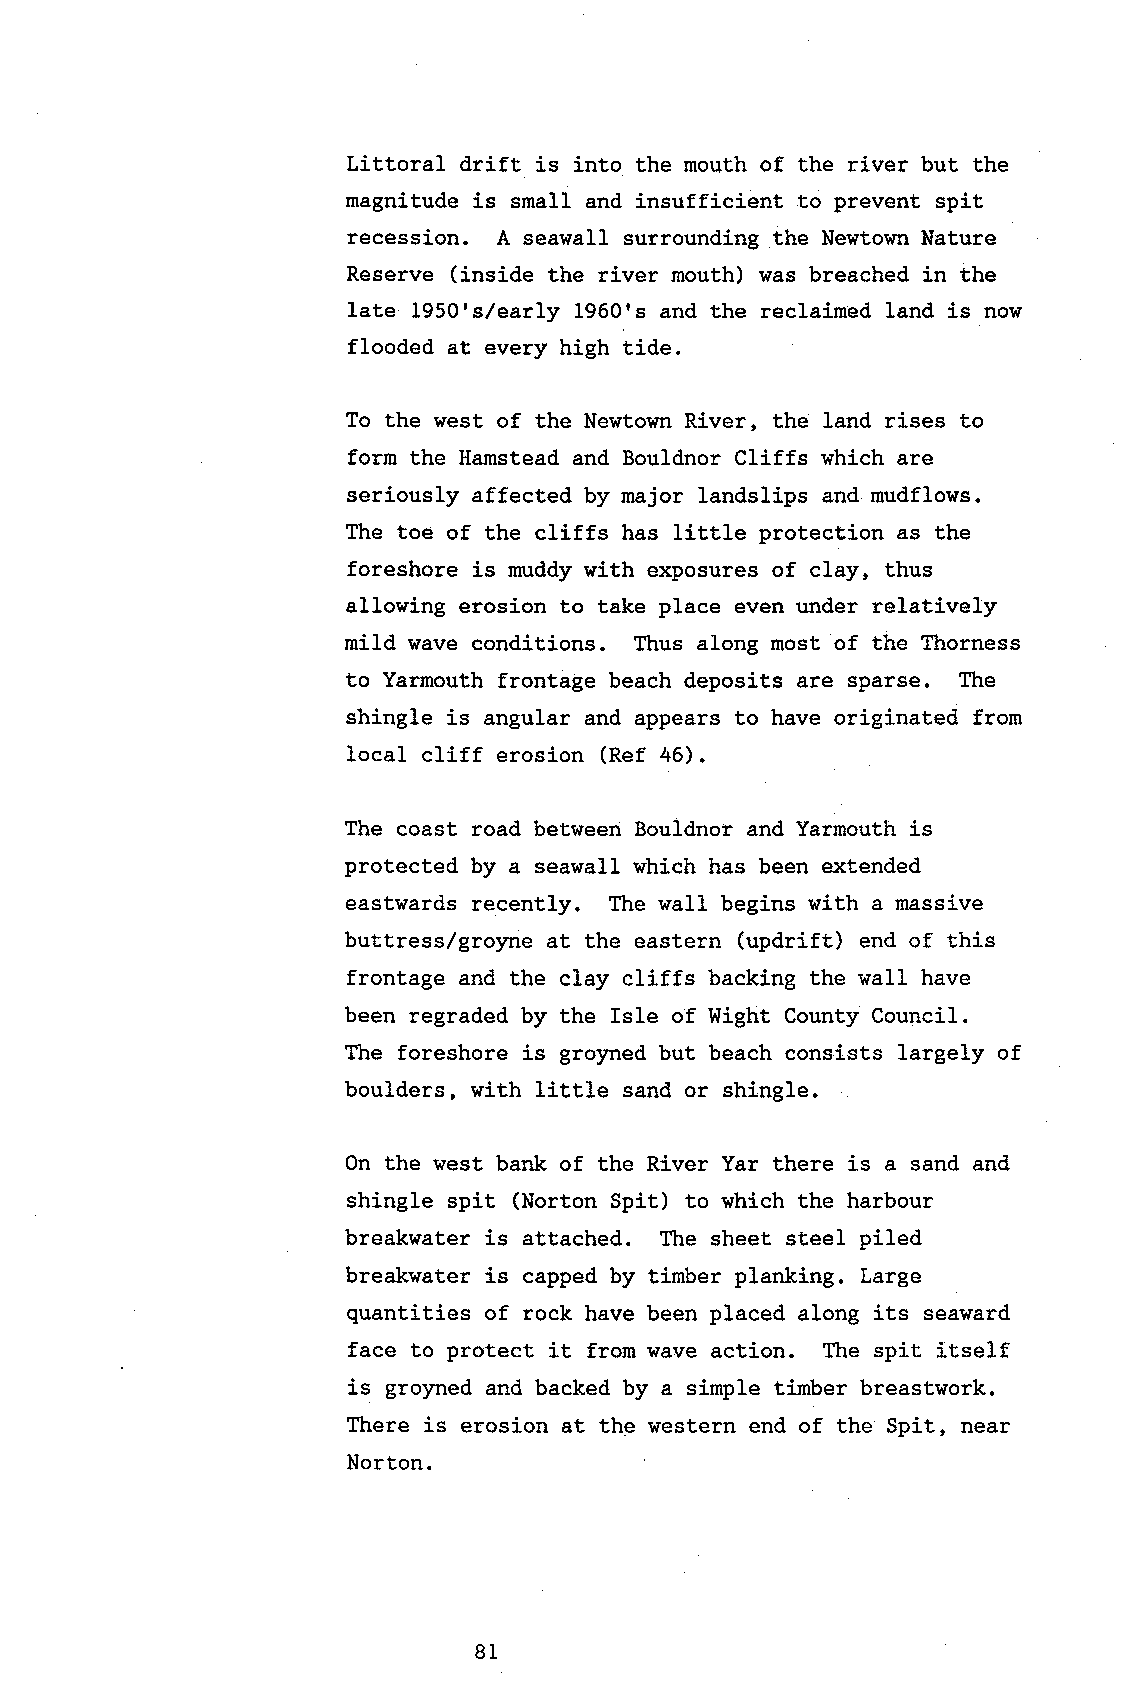
Littoral drift is into the mouth of the river but the
 magnitude is small and insufficient to prevent spit
 recession. A seawall surrounding the Newtown Nature
 Reserve (inside the river mouth) was breached in the
 late 1950's./early 1960's and the reclaimed land is now
 flooded at every high tide
 To the west of the Newtown River, the land rises to
 form the Hamstead and Bouldnor Cliffs r*hich are
 seriously affected by major landslips and mudflows.
 The toe of the cliffs has little protection as the
 foreshore is muddy with exposures of c1ay, thus
 allowing erosion to take place even under relatively
 mild wave conditions. Thus along most of the fhorness
 to Yarmouth frontage beach deposits are sparse. Ihe
 shingle is angular and appears to have originated from
 loca1 cliff erosion (Ref 46).
 The coast road between Bouldnor and Yarnouth is
 protected by a seawall which has been extended
 eastwards recently. The wa1l begins with a massive
 buttress,/groyne at the eastern (updrift) end of this
 frontage and the clay cliffs backing the walI have
 been regraded by the IsIe of Wight County Couneil.
 The foreshore is grolmed but beach consists largely of
 boulders, with little sand or shingle.
 On the west bank of the River Yar there is a sand and
 shingle spit (Norton Spit) to which the harbour
 breakwater is attached. The sheet sLeel piled
 breakwater is capped by tirnber planking. targe
 quantities of rock have been placed along its seaward
 face to protect it from wave action. The spit itself
 is groyned and backed by a simple timber breastwork.
 There is erosion at the western end of the Spit, near
 Norton.
 B1